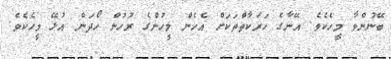
ބޭނުންވާ މީހެކެވެ. އޭނާގެ ހަރަކާތްތަކަށް އެހެން މީހުންގެ ރުހުން ހޯދަން އުޅޭ މީހެކެވެ.